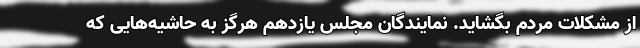
از مشکلات مردم بگشاید. نمایندگان مجلس یازدهم هرگز به حاشیه‌هایی که